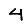
Digit: 4